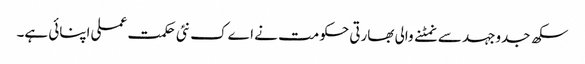
سکھ جدوجہد سے نمٹنے والی بھارتی حکومت نے اےک نئی حکمت عملی اپنائی ہے۔